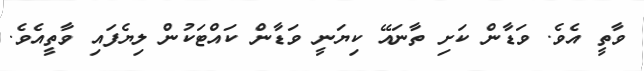
ވާތީ އެވެ. ވަޑާން ކަށި ތާނައޭ ކިޔަނީ ވަޑާން ކައްޓަކުން ލިޔެފައި ވާތީއެވެ.